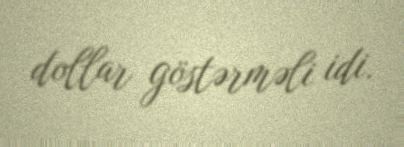
dollar göstərməli idi.